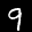
Label: 9